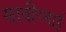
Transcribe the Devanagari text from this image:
साबीरभाई